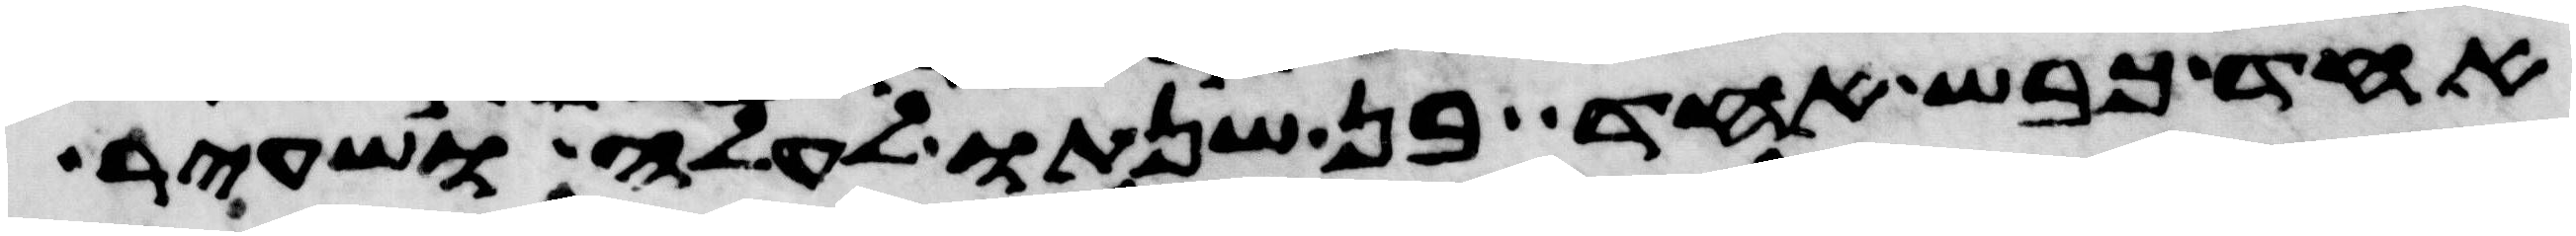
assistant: אחד כבש אחד בן שנתו לעלה ושעיר